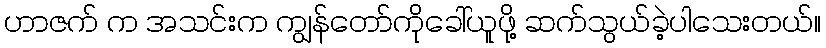
ဟာဇက် က အသင်းက ကျွန်တော်ကိုခေါ်ယူဖို့ ဆက်သွယ်ခဲ့ပါသေးတယ်။